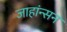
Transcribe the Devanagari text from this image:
जाहांन्सन